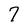
Character: 7